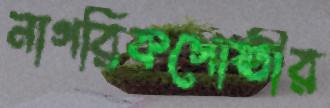
নাগরিকগোষ্ঠীর